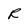
Character: R